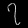
Digit: ၇